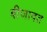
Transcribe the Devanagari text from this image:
बीजावत